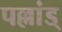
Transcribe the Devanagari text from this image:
पल्लांड्